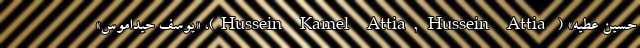
حسین عطیه» ( Hussein Kamel Attia, Hussein Attia)، «یوسف حیداموس»